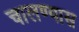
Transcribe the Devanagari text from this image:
चालण्यास